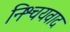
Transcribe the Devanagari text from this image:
निश्चयवाद